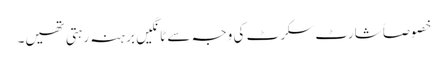
خصوصاً شارٹ سکرٹ کی وجہ سے ٹانگیں برہنہ رہتی تھیں۔